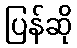
ပြန်ဆို